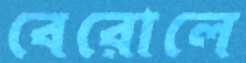
বেরোলে